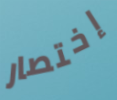
إختصار